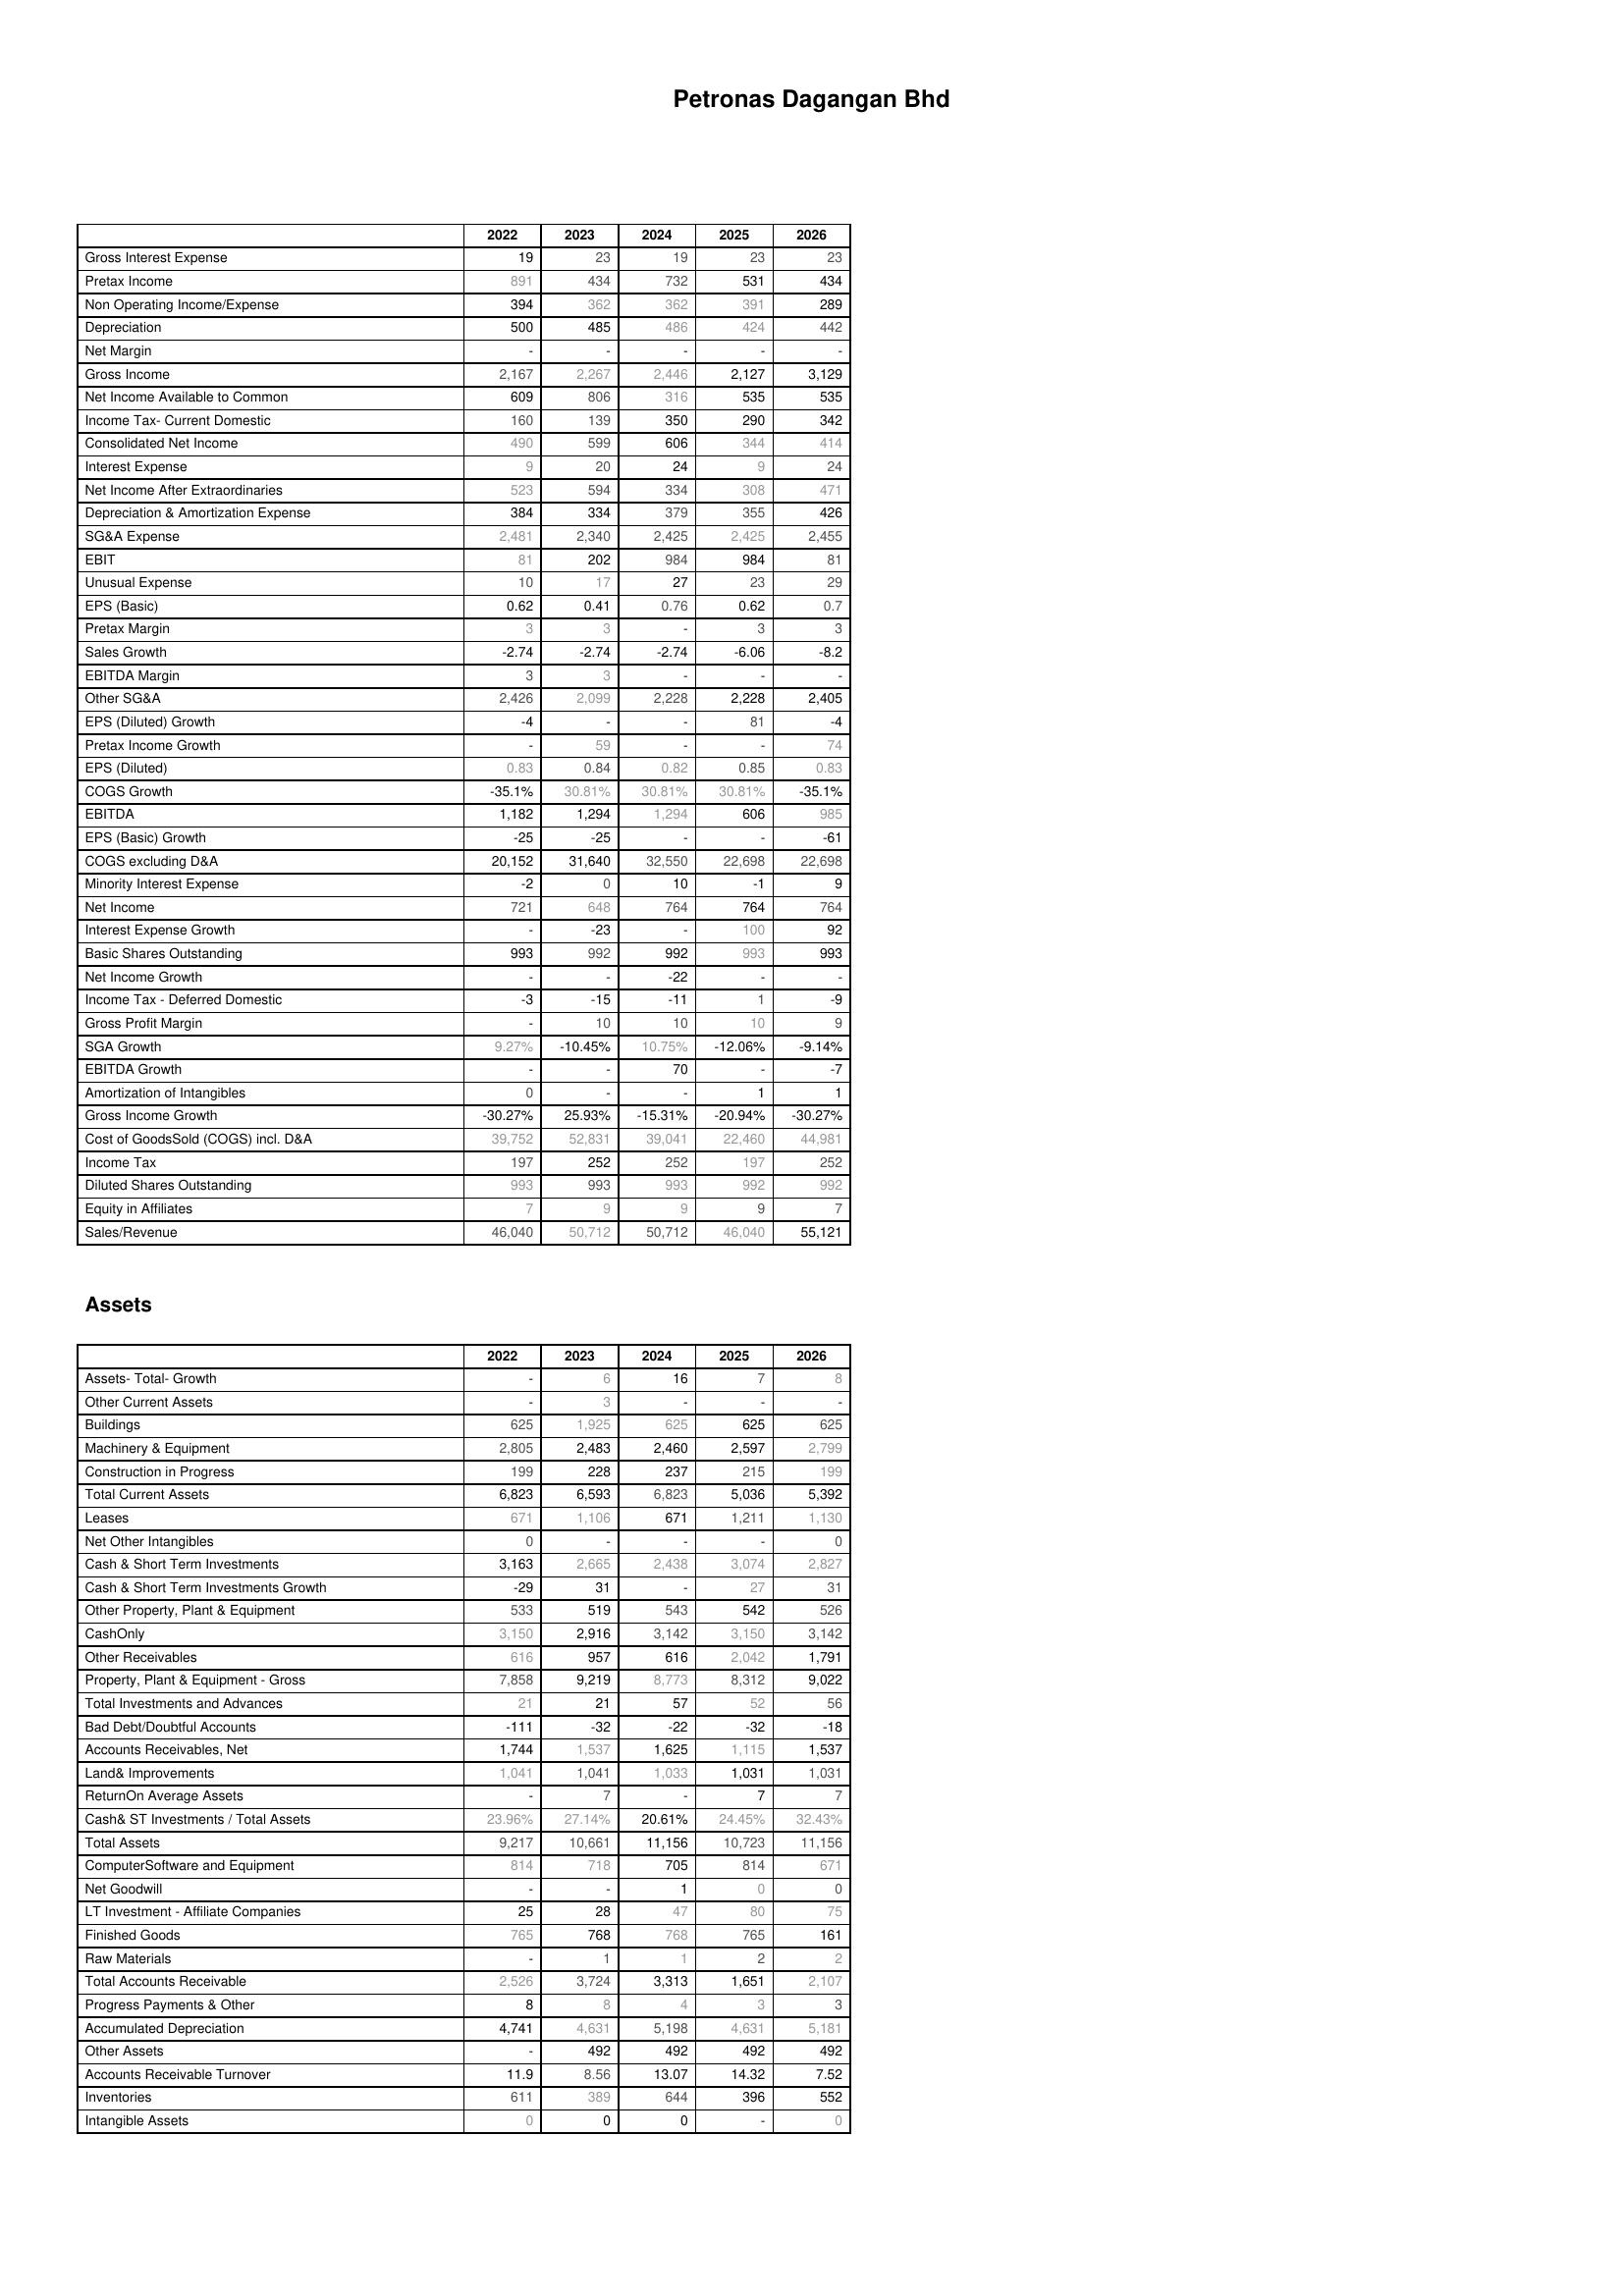
2022: : Gross Interest Expense: 19
Pretax Income: 891
Non Operating Income/Expense: 394
Depreciation: 500
Net Margin: -
Gross Income: 2,167
Net Income Available to Common: 609
Income Tax- Current Domestic: 160
Consolidated Net Income: 490
Interest Expense: 9
Net Income After Extraordinaries: 523
Depreciation & Amortization Expense: 384
SG&A Expense: 2,481
EBIT: 81
Unusual Expense: 10
EPS (Basic): 0.62
Pretax Margin: 3
Sales Growth: -2.74
EBITDA Margin: 3
Other SG&A: 2,426
EPS (Diluted) Growth: -4
Pretax Income Growth: -
EPS (Diluted): 0.83
COGS Growth: -35.1%
EBITDA: 1,182
EPS (Basic) Growth: -25
COGS excluding D&A: 20,152
Minority Interest Expense: -2
Net Income: 721
Interest Expense Growth: -
Basic Shares Outstanding: 993
Net Income Growth: -
Income Tax - Deferred Domestic: -3
Gross Profit Margin: -
SGA Growth: 9.27%
EBITDA Growth: -
Amortization of Intangibles: 0
Gross Income Growth: -30.27%
Cost of GoodsSold (COGS) incl. D&A: 39,752
Income Tax: 197
Diluted Shares Outstanding: 993
Equity in Affiliates: 7
Sales/Revenue: 46,040
Assets: Assets- Total- Growth: -
Other Current Assets: -
Buildings: 625
Machinery & Equipment: 2,805
Construction in Progress: 199
Total Current Assets: 6,823
Leases: 671
Net Other Intangibles: 0
Cash & Short Term Investments: 3,163
Cash & Short Term Investments Growth: -29
Other Property, Plant & Equipment: 533
CashOnly: 3,150
Other Receivables: 616
Property, Plant & Equipment - Gross : 7,858
Total Investments and Advances: 21
Bad Debt/Doubtful Accounts: -111
Accounts Receivables, Net: 1,744
Land& Improvements: 1,041
ReturnOn Average Assets: -
Cash& ST Investments / Total Assets: 23.96%
Total Assets: 9,217
ComputerSoftware and Equipment: 814
Net Goodwill: -
LT Investment - Affiliate Companies: 25
Finished Goods: 765
Raw Materials: -
Total Accounts Receivable: 2,526
Progress Payments & Other: 8
Accumulated Depreciation: 4,741
Other Assets: -
Accounts Receivable Turnover: 11.9
Inventories: 611
Intangible Assets: 0
2023: : Gross Interest Expense: 23
Pretax Income: 434
Non Operating Income/Expense: 362
Depreciation: 485
Net Margin: -
Gross Income: 2,267
Net Income Available to Common: 806
Income Tax- Current Domestic: 139
Consolidated Net Income: 599
Interest Expense: 20
Net Income After Extraordinaries: 594
Depreciation & Amortization Expense: 334
SG&A Expense: 2,340
EBIT: 202
Unusual Expense: 17
EPS (Basic): 0.41
Pretax Margin: 3
Sales Growth: -2.74
EBITDA Margin: 3
Other SG&A: 2,099
EPS (Diluted) Growth: -
Pretax Income Growth: 59
EPS (Diluted): 0.84
COGS Growth: 30.81%
EBITDA: 1,294
EPS (Basic) Growth: -25
COGS excluding D&A: 31,640
Minority Interest Expense: 0
Net Income: 648
Interest Expense Growth: -23
Basic Shares Outstanding: 992
Net Income Growth: -
Income Tax - Deferred Domestic: -15
Gross Profit Margin: 10
SGA Growth: -10.45%
EBITDA Growth: -
Amortization of Intangibles: -
Gross Income Growth: 25.93%
Cost of GoodsSold (COGS) incl. D&A: 52,831
Income Tax: 252
Diluted Shares Outstanding: 993
Equity in Affiliates: 9
Sales/Revenue: 50,712
Assets: Assets- Total- Growth: 6
Other Current Assets: 3
Buildings: 1,925
Machinery & Equipment: 2,483
Construction in Progress: 228
Total Current Assets: 6,593
Leases: 1,106
Net Other Intangibles: -
Cash & Short Term Investments: 2,665
Cash & Short Term Investments Growth: 31
Other Property, Plant & Equipment: 519
CashOnly: 2,916
Other Receivables: 957
Property, Plant & Equipment - Gross : 9,219
Total Investments and Advances: 21
Bad Debt/Doubtful Accounts: -32
Accounts Receivables, Net: 1,537
Land& Improvements: 1,041
ReturnOn Average Assets: 7
Cash& ST Investments / Total Assets: 27.14%
Total Assets: 10,661
ComputerSoftware and Equipment: 718
Net Goodwill: -
LT Investment - Affiliate Companies: 28
Finished Goods: 768
Raw Materials: 1
Total Accounts Receivable: 3,724
Progress Payments & Other: 8
Accumulated Depreciation: 4,631
Other Assets: 492
Accounts Receivable Turnover: 8.56
Inventories: 389
Intangible Assets: 0
2024: : Gross Interest Expense: 19
Pretax Income: 732
Non Operating Income/Expense: 362
Depreciation: 486
Net Margin: -
Gross Income: 2,446
Net Income Available to Common: 316
Income Tax- Current Domestic: 350
Consolidated Net Income: 606
Interest Expense: 24
Net Income After Extraordinaries: 334
Depreciation & Amortization Expense: 379
SG&A Expense: 2,425
EBIT: 984
Unusual Expense: 27
EPS (Basic): 0.76
Pretax Margin: -
Sales Growth: -2.74
EBITDA Margin: -
Other SG&A: 2,228
EPS (Diluted) Growth: -
Pretax Income Growth: -
EPS (Diluted): 0.82
COGS Growth: 30.81%
EBITDA: 1,294
EPS (Basic) Growth: -
COGS excluding D&A: 32,550
Minority Interest Expense: 10
Net Income: 764
Interest Expense Growth: -
Basic Shares Outstanding: 992
Net Income Growth: -22
Income Tax - Deferred Domestic: -11
Gross Profit Margin: 10
SGA Growth: 10.75%
EBITDA Growth: 70
Amortization of Intangibles: -
Gross Income Growth: -15.31%
Cost of GoodsSold (COGS) incl. D&A: 39,041
Income Tax: 252
Diluted Shares Outstanding: 993
Equity in Affiliates: 9
Sales/Revenue: 50,712
Assets: Assets- Total- Growth: 16
Other Current Assets: -
Buildings: 625
Machinery & Equipment: 2,460
Construction in Progress: 237
Total Current Assets: 6,823
Leases: 671
Net Other Intangibles: -
Cash & Short Term Investments: 2,438
Cash & Short Term Investments Growth: -
Other Property, Plant & Equipment: 543
CashOnly: 3,142
Other Receivables: 616
Property, Plant & Equipment - Gross : 8,773
Total Investments and Advances: 57
Bad Debt/Doubtful Accounts: -22
Accounts Receivables, Net: 1,625
Land& Improvements: 1,033
ReturnOn Average Assets: -
Cash& ST Investments / Total Assets: 20.61%
Total Assets: 11,156
ComputerSoftware and Equipment: 705
Net Goodwill: 1
LT Investment - Affiliate Companies: 47
Finished Goods: 768
Raw Materials: 1
Total Accounts Receivable: 3,313
Progress Payments & Other: 4
Accumulated Depreciation: 5,198
Other Assets: 492
Accounts Receivable Turnover: 13.07
Inventories: 644
Intangible Assets: 0
2025: : Gross Interest Expense: 23
Pretax Income: 531
Non Operating Income/Expense: 391
Depreciation: 424
Net Margin: -
Gross Income: 2,127
Net Income Available to Common: 535
Income Tax- Current Domestic: 290
Consolidated Net Income: 344
Interest Expense: 9
Net Income After Extraordinaries: 308
Depreciation & Amortization Expense: 355
SG&A Expense: 2,425
EBIT: 984
Unusual Expense: 23
EPS (Basic): 0.62
Pretax Margin: 3
Sales Growth: -6.06
EBITDA Margin: -
Other SG&A: 2,228
EPS (Diluted) Growth: 81
Pretax Income Growth: -
EPS (Diluted): 0.85
COGS Growth: 30.81%
EBITDA: 606
EPS (Basic) Growth: -
COGS excluding D&A: 22,698
Minority Interest Expense: -1
Net Income: 764
Interest Expense Growth: 100
Basic Shares Outstanding: 993
Net Income Growth: -
Income Tax - Deferred Domestic: 1
Gross Profit Margin: 10
SGA Growth: -12.06%
EBITDA Growth: -
Amortization of Intangibles: 1
Gross Income Growth: -20.94%
Cost of GoodsSold (COGS) incl. D&A: 22,460
Income Tax: 197
Diluted Shares Outstanding: 992
Equity in Affiliates: 9
Sales/Revenue: 46,040
Assets: Assets- Total- Growth: 7
Other Current Assets: -
Buildings: 625
Machinery & Equipment: 2,597
Construction in Progress: 215
Total Current Assets: 5,036
Leases: 1,211
Net Other Intangibles: -
Cash & Short Term Investments: 3,074
Cash & Short Term Investments Growth: 27
Other Property, Plant & Equipment: 542
CashOnly: 3,150
Other Receivables: 2,042
Property, Plant & Equipment - Gross : 8,312
Total Investments and Advances: 52
Bad Debt/Doubtful Accounts: -32
Accounts Receivables, Net: 1,115
Land& Improvements: 1,031
ReturnOn Average Assets: 7
Cash& ST Investments / Total Assets: 24.45%
Total Assets: 10,723
ComputerSoftware and Equipment: 814
Net Goodwill: 0
LT Investment - Affiliate Companies: 80
Finished Goods: 765
Raw Materials: 2
Total Accounts Receivable: 1,651
Progress Payments & Other: 3
Accumulated Depreciation: 4,631
Other Assets: 492
Accounts Receivable Turnover: 14.32
Inventories: 396
Intangible Assets: -
2026: : Gross Interest Expense: 23
Pretax Income: 434
Non Operating Income/Expense: 289
Depreciation: 442
Net Margin: -
Gross Income: 3,129
Net Income Available to Common: 535
Income Tax- Current Domestic: 342
Consolidated Net Income: 414
Interest Expense: 24
Net Income After Extraordinaries: 471
Depreciation & Amortization Expense: 426
SG&A Expense: 2,455
EBIT: 81
Unusual Expense: 29
EPS (Basic): 0.7
Pretax Margin: 3
Sales Growth: -8.2
EBITDA Margin: -
Other SG&A: 2,405
EPS (Diluted) Growth: -4
Pretax Income Growth: 74
EPS (Diluted): 0.83
COGS Growth: -35.1%
EBITDA: 985
EPS (Basic) Growth: -61
COGS excluding D&A: 22,698
Minority Interest Expense: 9
Net Income: 764
Interest Expense Growth: 92
Basic Shares Outstanding: 993
Net Income Growth: -
Income Tax - Deferred Domestic: -9
Gross Profit Margin: 9
SGA Growth: -9.14%
EBITDA Growth: -7
Amortization of Intangibles: 1
Gross Income Growth: -30.27%
Cost of GoodsSold (COGS) incl. D&A: 44,981
Income Tax: 252
Diluted Shares Outstanding: 992
Equity in Affiliates: 7
Sales/Revenue: 55,121
Assets: Assets- Total- Growth: 8
Other Current Assets: -
Buildings: 625
Machinery & Equipment: 2,799
Construction in Progress: 199
Total Current Assets: 5,392
Leases: 1,130
Net Other Intangibles: 0
Cash & Short Term Investments: 2,827
Cash & Short Term Investments Growth: 31
Other Property, Plant & Equipment: 526
CashOnly: 3,142
Other Receivables: 1,791
Property, Plant & Equipment - Gross : 9,022
Total Investments and Advances: 56
Bad Debt/Doubtful Accounts: -18
Accounts Receivables, Net: 1,537
Land& Improvements: 1,031
ReturnOn Average Assets: 7
Cash& ST Investments / Total Assets: 32.43%
Total Assets: 11,156
ComputerSoftware and Equipment: 671
Net Goodwill: 0
LT Investment - Affiliate Companies: 75
Finished Goods: 161
Raw Materials: 2
Total Accounts Receivable: 2,107
Progress Payments & Other: 3
Accumulated Depreciation: 5,181
Other Assets: 492
Accounts Receivable Turnover: 7.52
Inventories: 552
Intangible Assets: 0